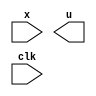
`timescale 1ns / 1ps
//////////////////////////////////////////////////////////////////////////////////
// Company: 
// Engineer: 
// 
// Design Name: 
// Module Name:    Problem5 
// Project Name: 
// Target Devices: 
// Tool versions: 
// Description: 
//
// Dependencies: 
//
// Revision: 
// Revision 0.01 - File Created
// Additional Comments: 
//
//////////////////////////////////////////////////////////////////////////////////
module Problem5(
   input wire [63:0] x,
   output reg [63:0] u,
   input wire clk
   );
	reg i; //Created a register for the for loop later
	always @ (posedge clk) begin //When the positive edge of the clock hits...
		for (i = 63; i < 0; i = i - 2) begin //Start the for loop starting at 63 and decrementing by 2 until it is -1
			u = {u, x[i - 1], x[i]}; //Concatenate the current output u, with the values in x's two most significant bit positions flipped
		end
	end
endmodule